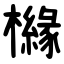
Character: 櫞